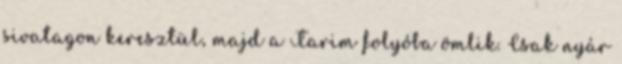
sivatagon keresztül, majd a Tarim folyóba ömlik. Csak nyár